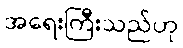
အရေးကြီးသည်ဟု